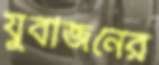
যুবাজনের